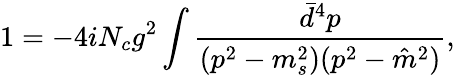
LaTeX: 1=-4iN_{c}g^{2}\int\frac{\bar{d}^{4}p}{(p^{2}-m_{s}^{2})(p^{2}-\hat{m}^{2})},